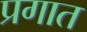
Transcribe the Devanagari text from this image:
प्रगात